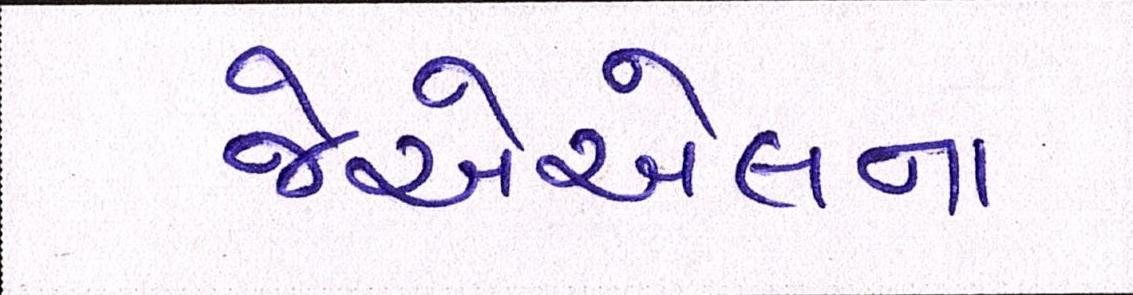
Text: જેએએલના